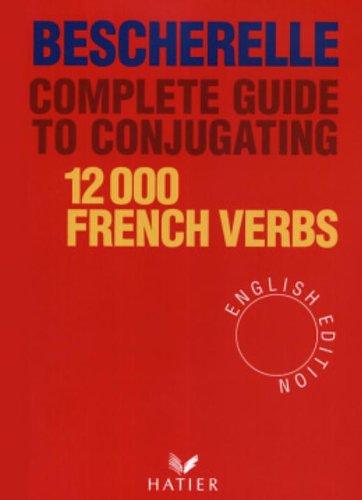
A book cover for Complete Guide to Conjugating 12000 French Verbs (English Edition); Bescherelle; Reference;